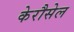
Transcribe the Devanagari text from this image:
केरौसेल